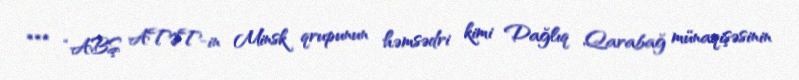
*** “ABŞ ATƏT-in Minsk qrupunun həmsədri kimi Dağlıq Qarabağ münaqişəsinin